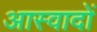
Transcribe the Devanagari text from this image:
आस्वादों